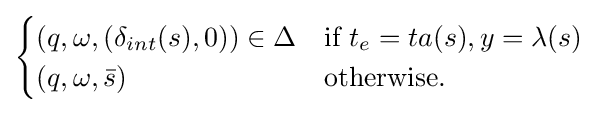
{\begin{cases}(q,\omega ,(\delta _{int}(s),0))\in \Delta &{\textrm {if}}~t_{e}=ta(s),y=\lambda (s)\\(q,\omega ,{\bar {s}})&{\textrm {otherwise}}.\end{cases}}